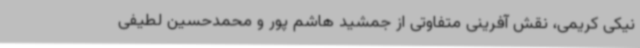
نیکی کریمی، نقش آفرینی متفاوتی از جمشید هاشم پور و محمدحسین لطیفی